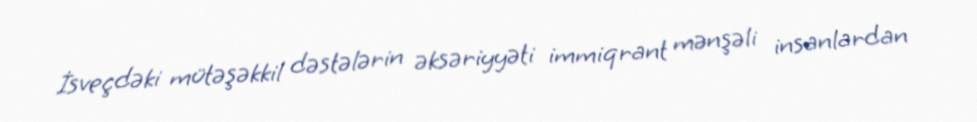
İsveçdəki mütəşəkkil dəstələrin əksəriyyəti immiqrant mənşəli insanlardan